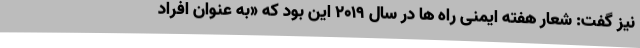
نیز گفت: شعار هفته ایمنی راه ها در سال ۲۰۱۹ این بود که «به عنوان افراد